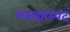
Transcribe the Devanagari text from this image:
श्लाद्यास्पदं